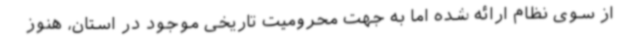
از سوی نظام ارائه شده اما به جهت محرومیت تاریخی موجود در استان، هنوز